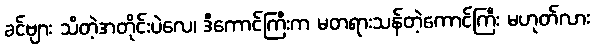
ခင်ဗျား သိတဲ့အတိုင်းပဲလေ၊ ဒီကောင်ကြီးက မတရားသန်တဲ့ကောင်ကြီး မဟုတ်လား